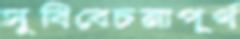
সুবিবেচনাপূর্ণ